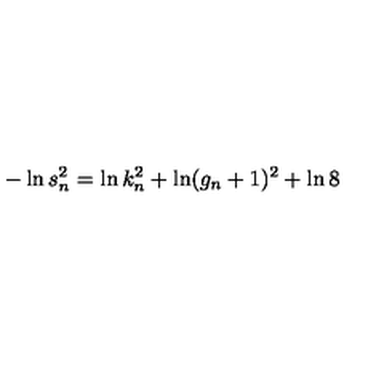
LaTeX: - \ln s _ { n } ^ { 2 } = \ln k _ { n } ^ { 2 } + \ln ( g _ { n } + 1 ) ^ { 2 } + \ln 8